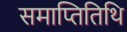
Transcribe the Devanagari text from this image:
समाप्तितिथि